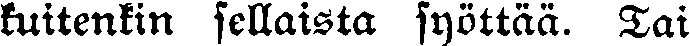
kuitenkin sellaista syöttää. Tai